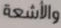
والأشعة